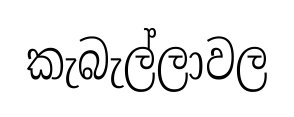
කැබැල්ලාවල